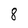
Character: 8